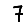
Digit: 7